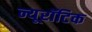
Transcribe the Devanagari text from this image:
न्यूरॉटिक